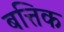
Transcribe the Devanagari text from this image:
बत्तिक